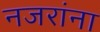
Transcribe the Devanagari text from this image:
नजरांना